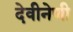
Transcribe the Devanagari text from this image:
देवीनेणी